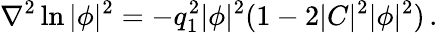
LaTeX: \nabla^{2}\ln|\phi|^{2}=-q_{1}^{2}|\phi|^{2}(1-2|C|^{2}|\phi|^{2})\, .